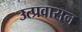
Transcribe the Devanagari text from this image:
उत्प्रवासन